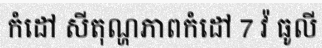
កំដៅ សីតុណ្ហភាពកំដៅ 7 វ៉ ធូលី